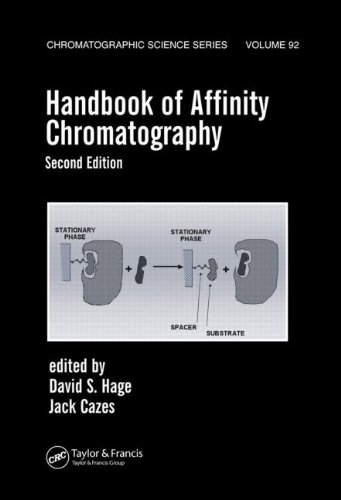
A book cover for Handbook of Affinity Chromatography, Second Edition (Chromatographic Science Series); Science & Math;